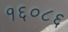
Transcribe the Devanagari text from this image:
१६०८६